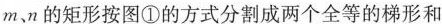
m、n的矩形按图①的方式分割成两个全等的梯形和